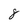
Character: 8